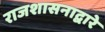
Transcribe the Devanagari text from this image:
राजशासनाद्वारे